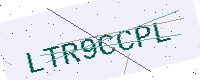
Text: LTR9CCPL